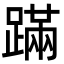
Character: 蹣